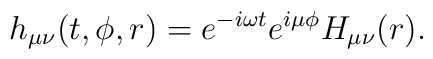
h_{\mu\nu}(t,\phi,r) = e^{-i \omega t} e^{i\mu \phi}H_{\mu\nu}(r).